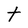
Character: t